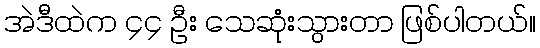
အဲဒီထဲက ၄၄ ဦး သေဆုံးသွားတာ ဖြစ်ပါတယ်။